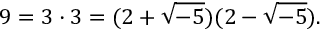
9 = 3 \cdot 3 = ( 2 + { \sqrt { - 5 } } ) ( 2 - { \sqrt { - 5 } } ) .